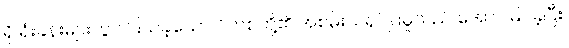
ရှိ ရုံးခန်းများတွင် ပြသခဲ့သော ဂိတ်စ်တို့၏ အစမ်းသရုပ်ပြမှုသည် အောင်မြင်ခဲ့ပြီး၊